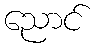
ညောင်